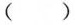
（）